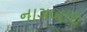
નાગબાઇ